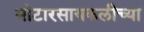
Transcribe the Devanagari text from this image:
मोटारसायकलींच्या